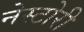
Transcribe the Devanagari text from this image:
नेस्टोरी